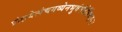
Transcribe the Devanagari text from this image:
प्रोक्षयेत्पंचगव्येनभुवंमंत्रैर्विचक्षणः